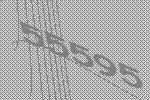
55595